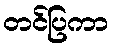
တင်ပြကာ